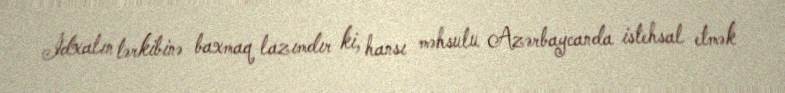
İdxalın tərkibinə baxmaq lazımdır ki, hansı məhsulu Azərbaycanda istehsal etmək